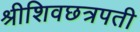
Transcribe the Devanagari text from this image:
श्रीशिवछत्रपती